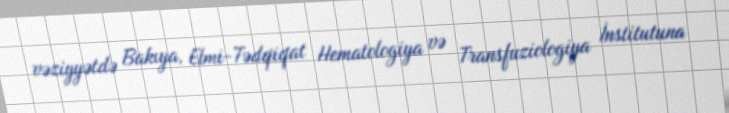
vəziyyətdə Bakıya, Elmi-Tədqiqat Hematologiya və Transfuziologiya İnstitutuna